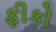
ફીકો